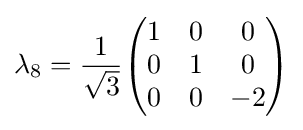
\lambda _{8}={\frac {1}{\sqrt {3}}}{\begin{pmatrix}1&0&0\\0&1&0\\0&0&-2\end{pmatrix}}